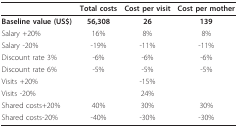
|  | Total costs | Cost per visit | Cost per mother |
 | --- | --- | --- | --- |
 | Baseline value (US$) | 56,308 | 26 | 139 |
 | Salary +20% | 16% | 8% | 8% |
 | Salary -20% | -19% | -11% | -11% |
 | Discount rate 3% | -6% | -6% | -6% |
 | Discount rate 6% | -5% | -5% | -5% |
 | Visits +20% |  | -15% |  |
 | Visits -20% |  | 24% |  |
 | Shared costs+20% | 40% | 30% | 30% |
 | Shared costs-20% | -40% | -30% | -30% |